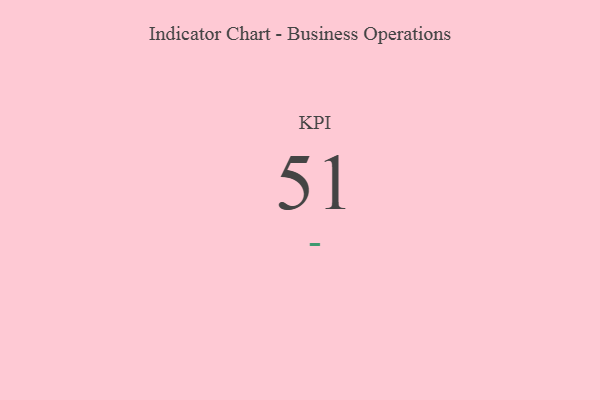
{"axis": {"x": "KPI", "y": "Value"}, "legend": [""], "data": [{"x": "KPI", "y": 51, "type": ""}]}